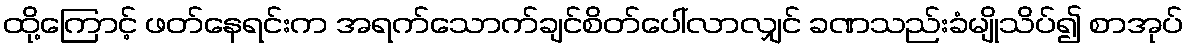
ထို့ကြောင့် ဖတ်နေရင်းက အရက်သောက်ချင်စိတ်ပေါ်လာလျှင် ခဏသည်းခံမျိုသိပ်၍ စာအုပ်